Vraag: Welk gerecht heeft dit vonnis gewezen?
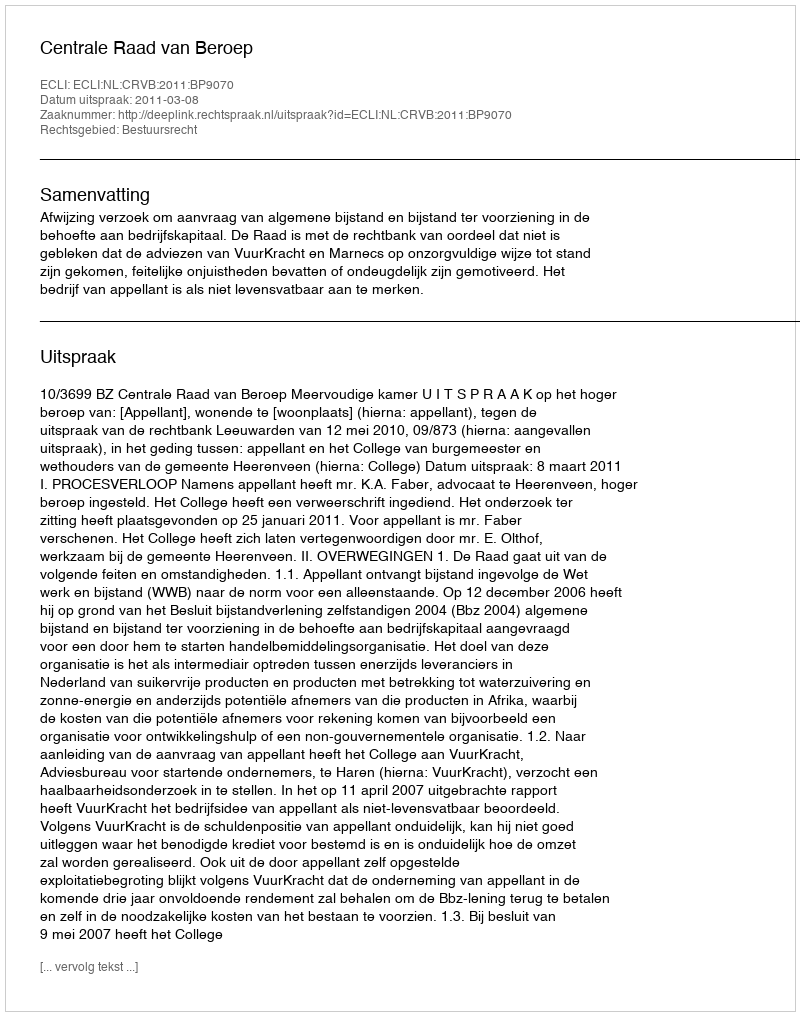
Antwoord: Centrale Raad van Beroep